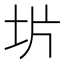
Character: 𫭡